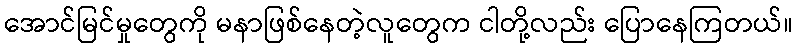
အောင်မြင်မှုတွေကို မနာဖြစ်နေတဲ့လူတွေက ငါတို့လည်း ပြောနေကြတယ်။